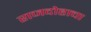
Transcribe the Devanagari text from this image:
राजदोहाचा